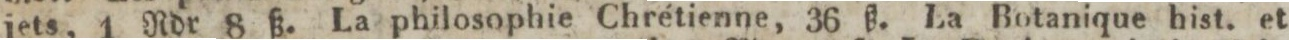
jets, 1 Rdr 8 ß. La philosophie Chrétienne, 36 ß. La Botanique hist. et